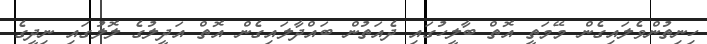
ހިނިތުންވެލައިގެން މޭމަތީ އޮތް ބާލީހުގައި ދެއަތުން ބައްދާލައިގެން އޮތް އަދީލުގެ ލޮލުގައި ނިދީގެ